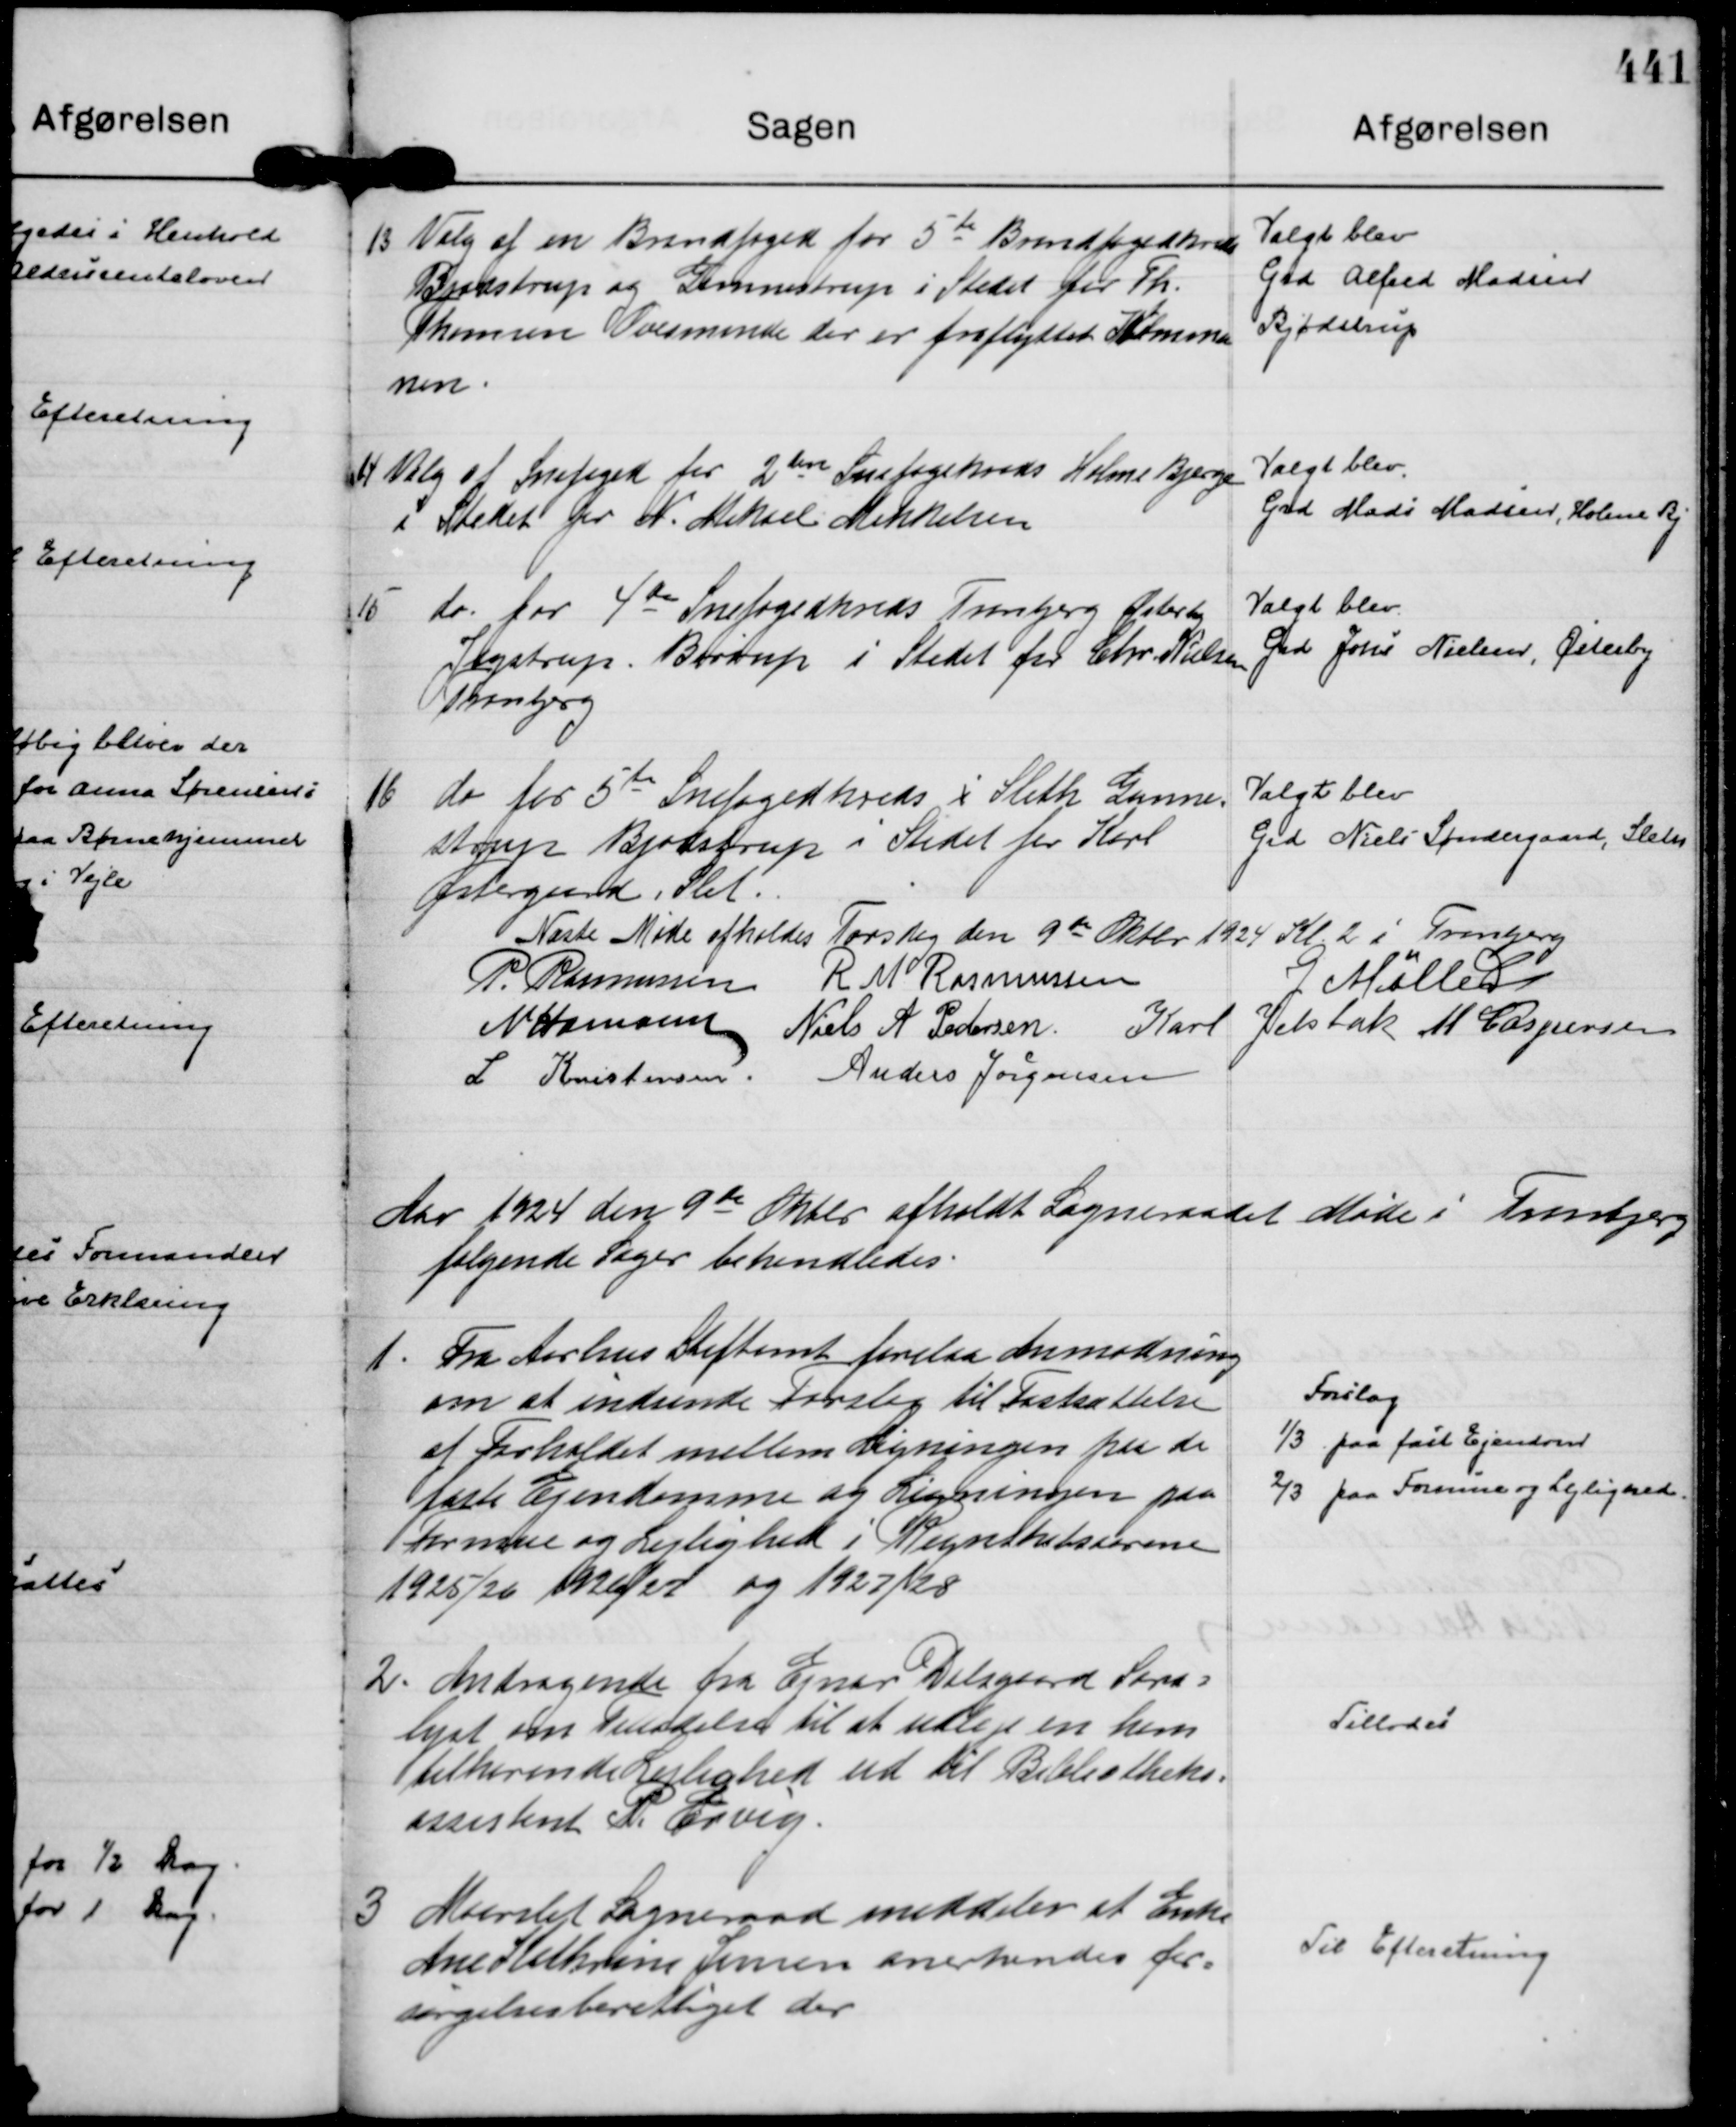
Transskription:
13
Valg af en Brandfoged for 5 te Brandfogedkreds
Bjødstrup og Gunnestrup i Stedet for Th.
Thomsen Ovesminde der er fraflyttet Kommu
nen.

Valgt blev
Grd Alfred Madsen
Bjødstrup

14
Valg af Snefoged for 2 den Snefogekreds Holme Bjerge
i Stedet for N. Mikael Mikkelsen

Valgt blev.
Grd Mads Madsen, Holme Bj

15
do. for 4 de Snefogedkreds Tranbjerg Østerby 
Jegstrup, Børrup i Stedet for Chr Nielsen
Tranbjerg

Valgt blev.
Grd Jens Nielsen, Østerby

16
do for 5te

Snefogedkreds i Sleth Gunne=
strup Bjødstrup i Stedet for Karl
Østergaard, Slet.

Valgt blev
Grd Niels Søndergaard, Sleth

Næste Møde afholdes Torsdag den 9 de Oktbr 1924 Kl. 2 i Tranbjerg 
P. Rasmussen
R M Rasmussen
G Møller
N Hamann
Niels A Pedersen.
Karl Jelsbak
M Caspersen
L Kristensen.
Anders Jørgensen

Aar 1924 den 9 de Oktbr afholdt Sogneraadet Møde i Tranbjerg 
følgende Sager behandledes.

1.
Fra Aarhus Stiftamt forelaa Anmodning
om at indsende Forslag til Fastsættelse
af Forholdet mellem Ligningen paa de
faste Ejendomme og Ligningen paa
Formue og Lejlighed i Regnskabsaarene
1925/26 1926/27 og 1927/28

Forslag
⅓ paa fast Ejendom
⅔ paa Formue og Lejlighed

2.
Andragende fra Ejnar Dalsgaard Sara=
lyst om Tilladelse til at udleje en ham
tilhørende Lejlighed ud til Bibliotheks=
assistent P. Ervig.

Tillodes

3
Maarslet Sogneraad meddeler at Enke
Ane Kathrine Jensen anerkendes for=
sørgelsesberettiget der

Til Efteretning